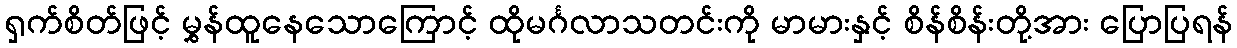
ရှက်စိတ်ဖြင့် မွှန်ထူနေသောကြောင့် ထိုမင်္ဂလာသတင်းကို မာမားနှင့် စိန်စိန်းတို့အား ပြောပြရန်